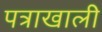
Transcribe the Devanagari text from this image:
पत्राखाली